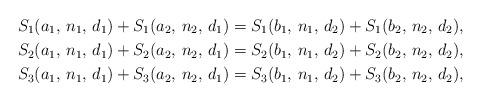
LaTeX: \begin{align*}S_1(a_1,\,n_1,\,d_1)+S_1(a_2,\,n_2,\,d_1)&=S_1(b_1,\,n_1,\,d_2)+S_1(b_2,\,n_2,\,d_2), \\S_2(a_1,\,n_1,\,d_1)+S_2(a_2,\,n_2,\,d_1)&=S_2(b_1,\,n_1,\,d_2)+S_2(b_2,\,n_2,\,d_2), \\S_3(a_1,\,n_1,\,d_1)+S_3(a_2,\,n_2,\,d_1)&=S_3(b_1,\,n_1,\,d_2)+S_3(b_2,\,n_2,\,d_2), \end{align*}